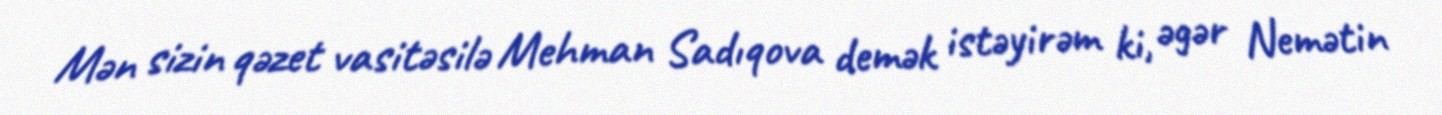
Mən sizin qəzet vasitəsilə Mehman Sadıqova demək istəyirəm ki, əgər Nemətin